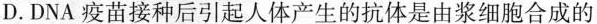
D.DNA疫苗接种后引起人体产生的抗体是由浆细胞合成的